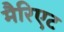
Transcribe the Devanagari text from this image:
मैरिएट